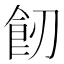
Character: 𩚒